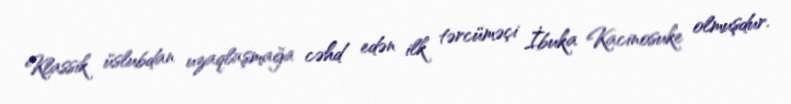
Klassik üslubdan uzaqlaşmağa cəhd edən ilk tərcüməçi İbuka Kacinosuke olmuşdur.